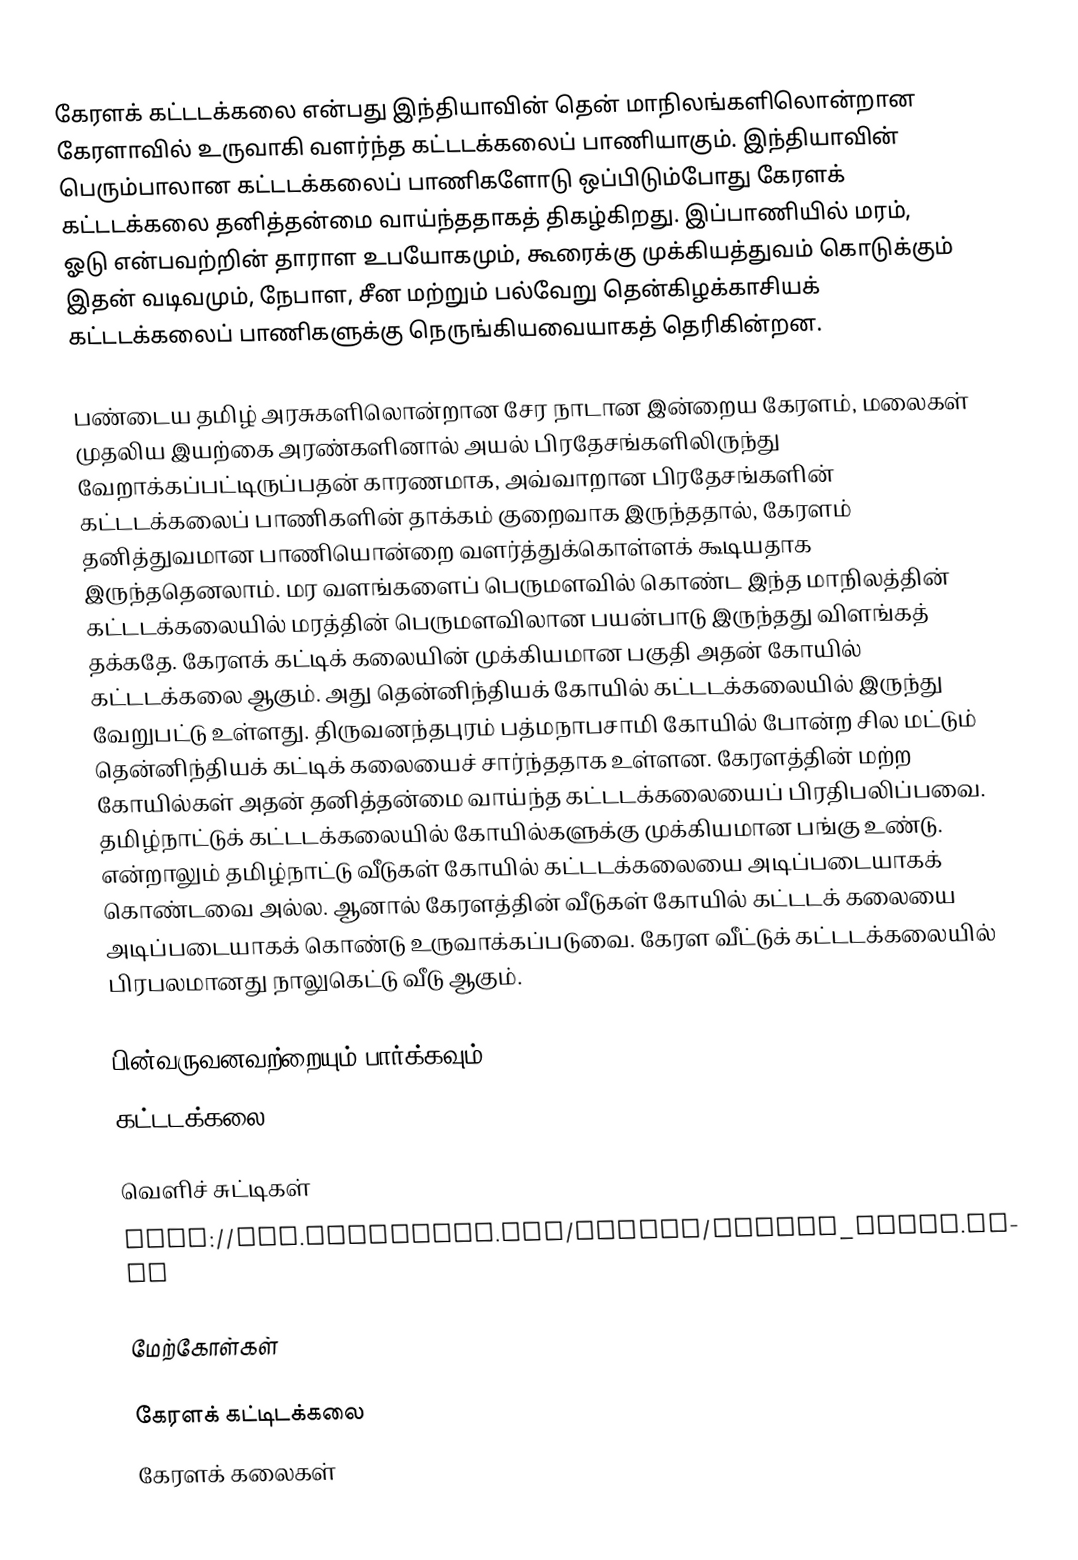
கேரளக் கட்டடக்கலை என்பது இந்தியாவின் தென் மாநிலங்களிலொன்றான கேரளாவில் உருவாகி வளர்ந்த கட்டடக்கலைப் பாணியாகும். இந்தியாவின் பெரும்பாலான கட்டடக்கலைப் பாணிகளோடு ஒப்பிடும்போது கேரளக் கட்டடக்கலை தனித்தன்மை வாய்ந்ததாகத் திகழ்கிறது. இப்பாணியில் மரம், ஓடு என்பவற்றின் தாராள உபயோகமும், கூரைக்கு முக்கியத்துவம் கொடுக்கும் இதன் வடிவமும், நேபாள, சீன மற்றும் பல்வேறு தென்கிழக்காசியக் கட்டடக்கலைப் பாணிகளுக்கு நெருங்கியவையாகத் தெரிகின்றன.

பண்டைய தமிழ் அரசுகளிலொன்றான சேர நாடான இன்றைய கேரளம், மலைகள் முதலிய இயற்கை அரண்களினால் அயல் பிரதேசங்களிலிருந்து வேறாக்கப்பட்டிருப்பதன் காரணமாக, அவ்வாறான பிரதேசங்களின் கட்டடக்கலைப் பாணிகளின் தாக்கம் குறைவாக இருந்ததால், கேரளம் தனித்துவமான பாணியொன்றை வளர்த்துக்கொள்ளக் கூடியதாக இருந்ததெனலாம். மர வளங்களைப் பெருமளவில் கொண்ட இந்த மாநிலத்தின் கட்டடக்கலையில் மரத்தின் பெருமளவிலான பயன்பாடு இருந்தது விளங்கத் தக்கதே. கேரளக் கட்டிக் கலையின் முக்கியமான பகுதி அதன் கோயில் கட்டடக்கலை ஆகும். அது தென்னிந்தியக் கோயில் கட்டடக்கலையில் இருந்து வேறுபட்டு உள்ளது. திருவனந்தபுரம் பத்மநாபசாமி கோயில் போன்ற சில மட்டும் தென்னிந்தியக் கட்டிக் கலையைச் சார்ந்ததாக உள்ளன. கேரளத்தின் மற்ற கோயில்கள் அதன் தனித்தன்மை வாய்ந்த கட்டடக்கலையைப் பிரதிபலிப்பவை. தமிழ்நாட்டுக் கட்டடக்கலையில் கோயில்களுக்கு முக்கியமான பங்கு உண்டு. என்றாலும் தமிழ்நாட்டு வீடுகள் கோயில் கட்டடக்கலையை அடிப்படையாகக் கொண்டவை அல்ல. ஆனால் கேரளத்தின் வீடுகள் கோயில் கட்டடக் கலையை அடிப்படையாகக் கொண்டு உருவாக்கப்படுவை. கேரள வீட்டுக் கட்டடக்கலையில் பிரபலமானது நாலுகெட்டு வீடு ஆகும்.

பின்வருவனவற்றையும் பார்க்கவும்
 கட்டடக்கலை

வெளிச் சுட்டிகள்
 http://www.templenet.com/Kerala/kerala_archi.html

மேற்கோள்கள்

கேரளக் கட்டிடக்கலை
கேரளக் கலைகள்